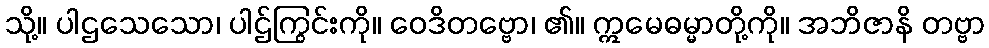
သို့။ ပါဌသေသော၊ ပါဌ်ကြွင်းကို။ ဝေဒိတဗ္ဗော၊ ၏။ ဣမေဓမ္မာတို့ကို။ အဘိဇာနိ တဗ္ဗာ